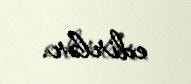
edirlər.